Investigations into the jail dietaries of the United Provinces with some observations on the influence of dietary on the physical development and well-being of the people of the United Provinces - Number 48
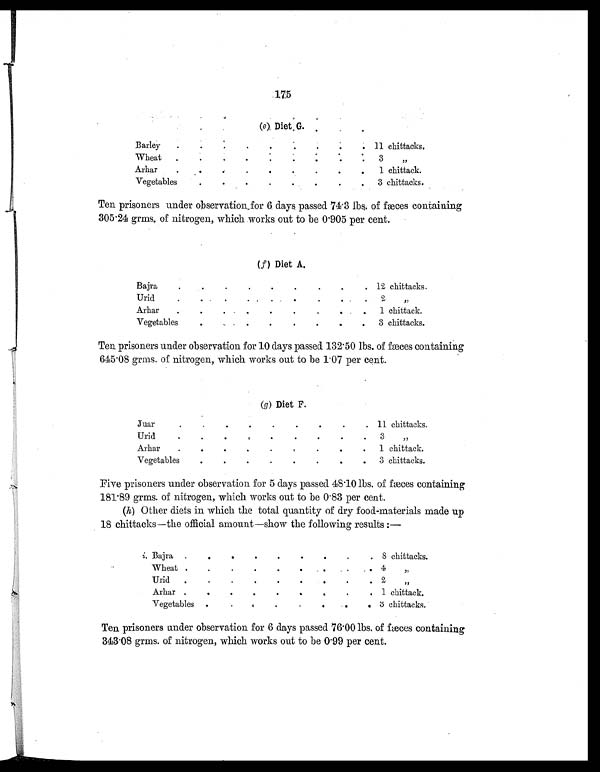
175
(e) Diet G.
Barley
.
.
.
.
.
.
. .
. 11 chittacks.
Wheat
.
.
.
.
.
. . . .
3 , ,
Arhar
.
.
.
.
.
.
.
.
.
1 chittack.
Vegetables
. .
.
.
.
.
.
.
3 chittacks.
Ten prisoners under observation for 6 days passed 74.3 lbs. of fæces containing
305.24 grms. of nitrogen, which works out to be 0.905 per cent.
( f ) Diet A.
Bajra
. . . . . . . .
. 12 chittacks.
Urid
. .
.
. .
.
.
. .
2 , ,
Arhar
.
.
.
.
.
.
.
.
.
1 chittack.
Vegetables
.
. .
.
.
. .
.
3 chittacks.
Ten prisoners under observation for 10 days passed 132.50 lbs. of fæces containing
645.08 grms. of nitrogen, which works out to be 1.07 per cent.
(g ) Diet F.
Juar
.
.
.
.
.
.
.
.
. 11 chittacks.
Urid
.
.
.
. . .
.
.
.
3 ,,
Arhar
.
.
.
.
. . . . .
1 chittack.
Vegetables
. . .
. . . . .
3 chittacks.
Five prisoners under observation for 5 days passed 48.10 lbs. of fæces containing
181.89 grms. of nitrogen, which works out to be 0.83 per cent.
(h ) Other diets in which the total quantity of dry food-materials made up
18 chittacks—the official amount—show the following results :—
i. Bajra .
. .
.
.
.
.
.
. 8 chittacks.
Wheat
.
.
. . . .
.
.
.
4 ,,
Urid
.
.
.
.
.
.
.
.
. 2 ,,
Arhar .
.
.
.
.
.
.
.
. 1 chittack.
Vegetables
.
.
.
.
.
. . .
3 chittacks.
Ten prisoners under observation for 6 days passed 76.00 lbs. of fæces containing
343.08 grms. of nitrogen, which works out to be 0.99 per cent.